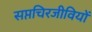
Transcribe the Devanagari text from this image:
सप्तचिरजीवियों